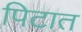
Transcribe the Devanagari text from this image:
पिटात